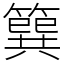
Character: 簨